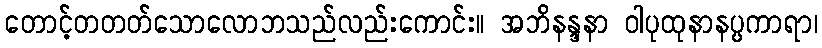
တောင့်တတတ်သောလောဘသည်လည်းကောင်း။ အဘိနန္ဒနာ ဝါပုထုနာနပ္ပကာရာ၊